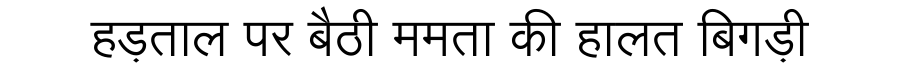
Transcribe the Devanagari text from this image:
हड़ताल पर बैठी ममता की हालत बिगड़ी